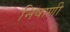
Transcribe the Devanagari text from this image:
निषाणी